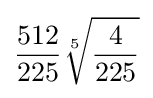
{\frac {512}{225}}{\sqrt[{5}]{\frac {4}{225}}}